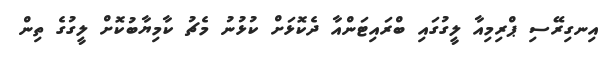
އިނގިރޭސި ޕްރިމިއާ ލީގުގައި ބްރައިޓަންއާ ދެކޮޅަށް ކުޅުނު މެޗު ކާމިޔާބުކޮށް ލީގުގެ ތިން